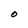
Character: O